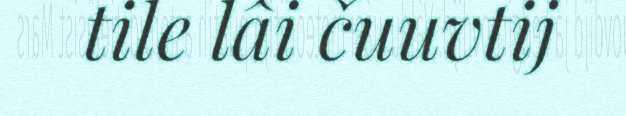
tile lâi čuuvtij